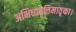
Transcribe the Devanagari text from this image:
अभिधावृत्तिमातृका।